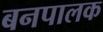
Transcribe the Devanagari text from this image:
बनपालक